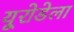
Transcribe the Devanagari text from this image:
यूरोडेला